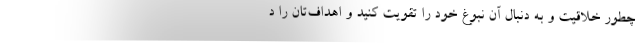
چطور خلاقیت و به دنبال آن نبوغ خود را تقویت کنید و اهداف‌تان را د